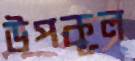
উপকূল